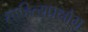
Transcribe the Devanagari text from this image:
साहित्यप्रक्षोभ